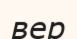
вер